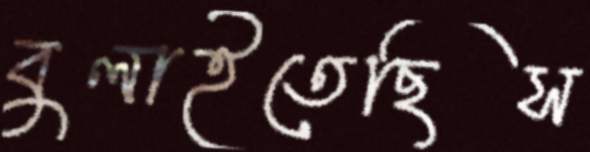
বুলাইতেছিস